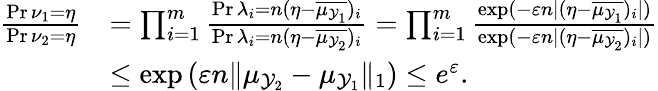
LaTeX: \begin{array}{rl}{\frac{\operatorname*{Pr}{\nu_{1}=\eta}}{\operatorname*{Pr}{\nu_{2}=\eta}}}&{=\prod_{i=1}^{m}\frac{\operatorname*{Pr}{\lambda_{i}=n(\eta-\overline{{\mu_{\mathcal{Y}_{1}}}})_{i}}}{\operatorname*{Pr}{\lambda_{i}=n(\eta-\overline{{\mu_{\mathcal{Y}_{2}}}})_{i}}}=\prod_{i=1}^{m}\frac{\exp(-\varepsilon n|(\eta-\overline{{\mu_{\mathcal{Y}_{1}}}})_{i}|)}{\exp(-\varepsilon n|(\eta-\overline{{\mu_{\mathcal{Y}_{2}}}})_{i}|)}}\\ &{\leq\exp\left(\varepsilon n\| {\mu_{\mathcal{Y}_{2}}}-{\mu_{\mathcal{Y}_{1}}}\| _{1}\right)\leq e^{\varepsilon}.}\end{array}